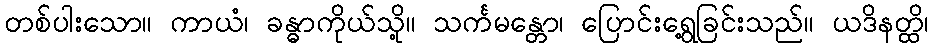
တစ်ပါးသော။ ကာယံ၊ ခန္ဓာကိုယ်သို့။ သင်္ကမန္တော၊ ပြောင်းရွေ့ခြင်းသည်။ ယဒိနတ္ထိ၊